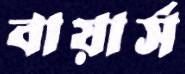
বায়ার্স